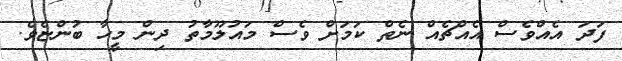
ފަދަ އެއްވެސް އެއްޗެއް ނެތް ކަމަށް ވެސް މައުލޫމާތު ދިން މީހާ ބުންޏެވެ.